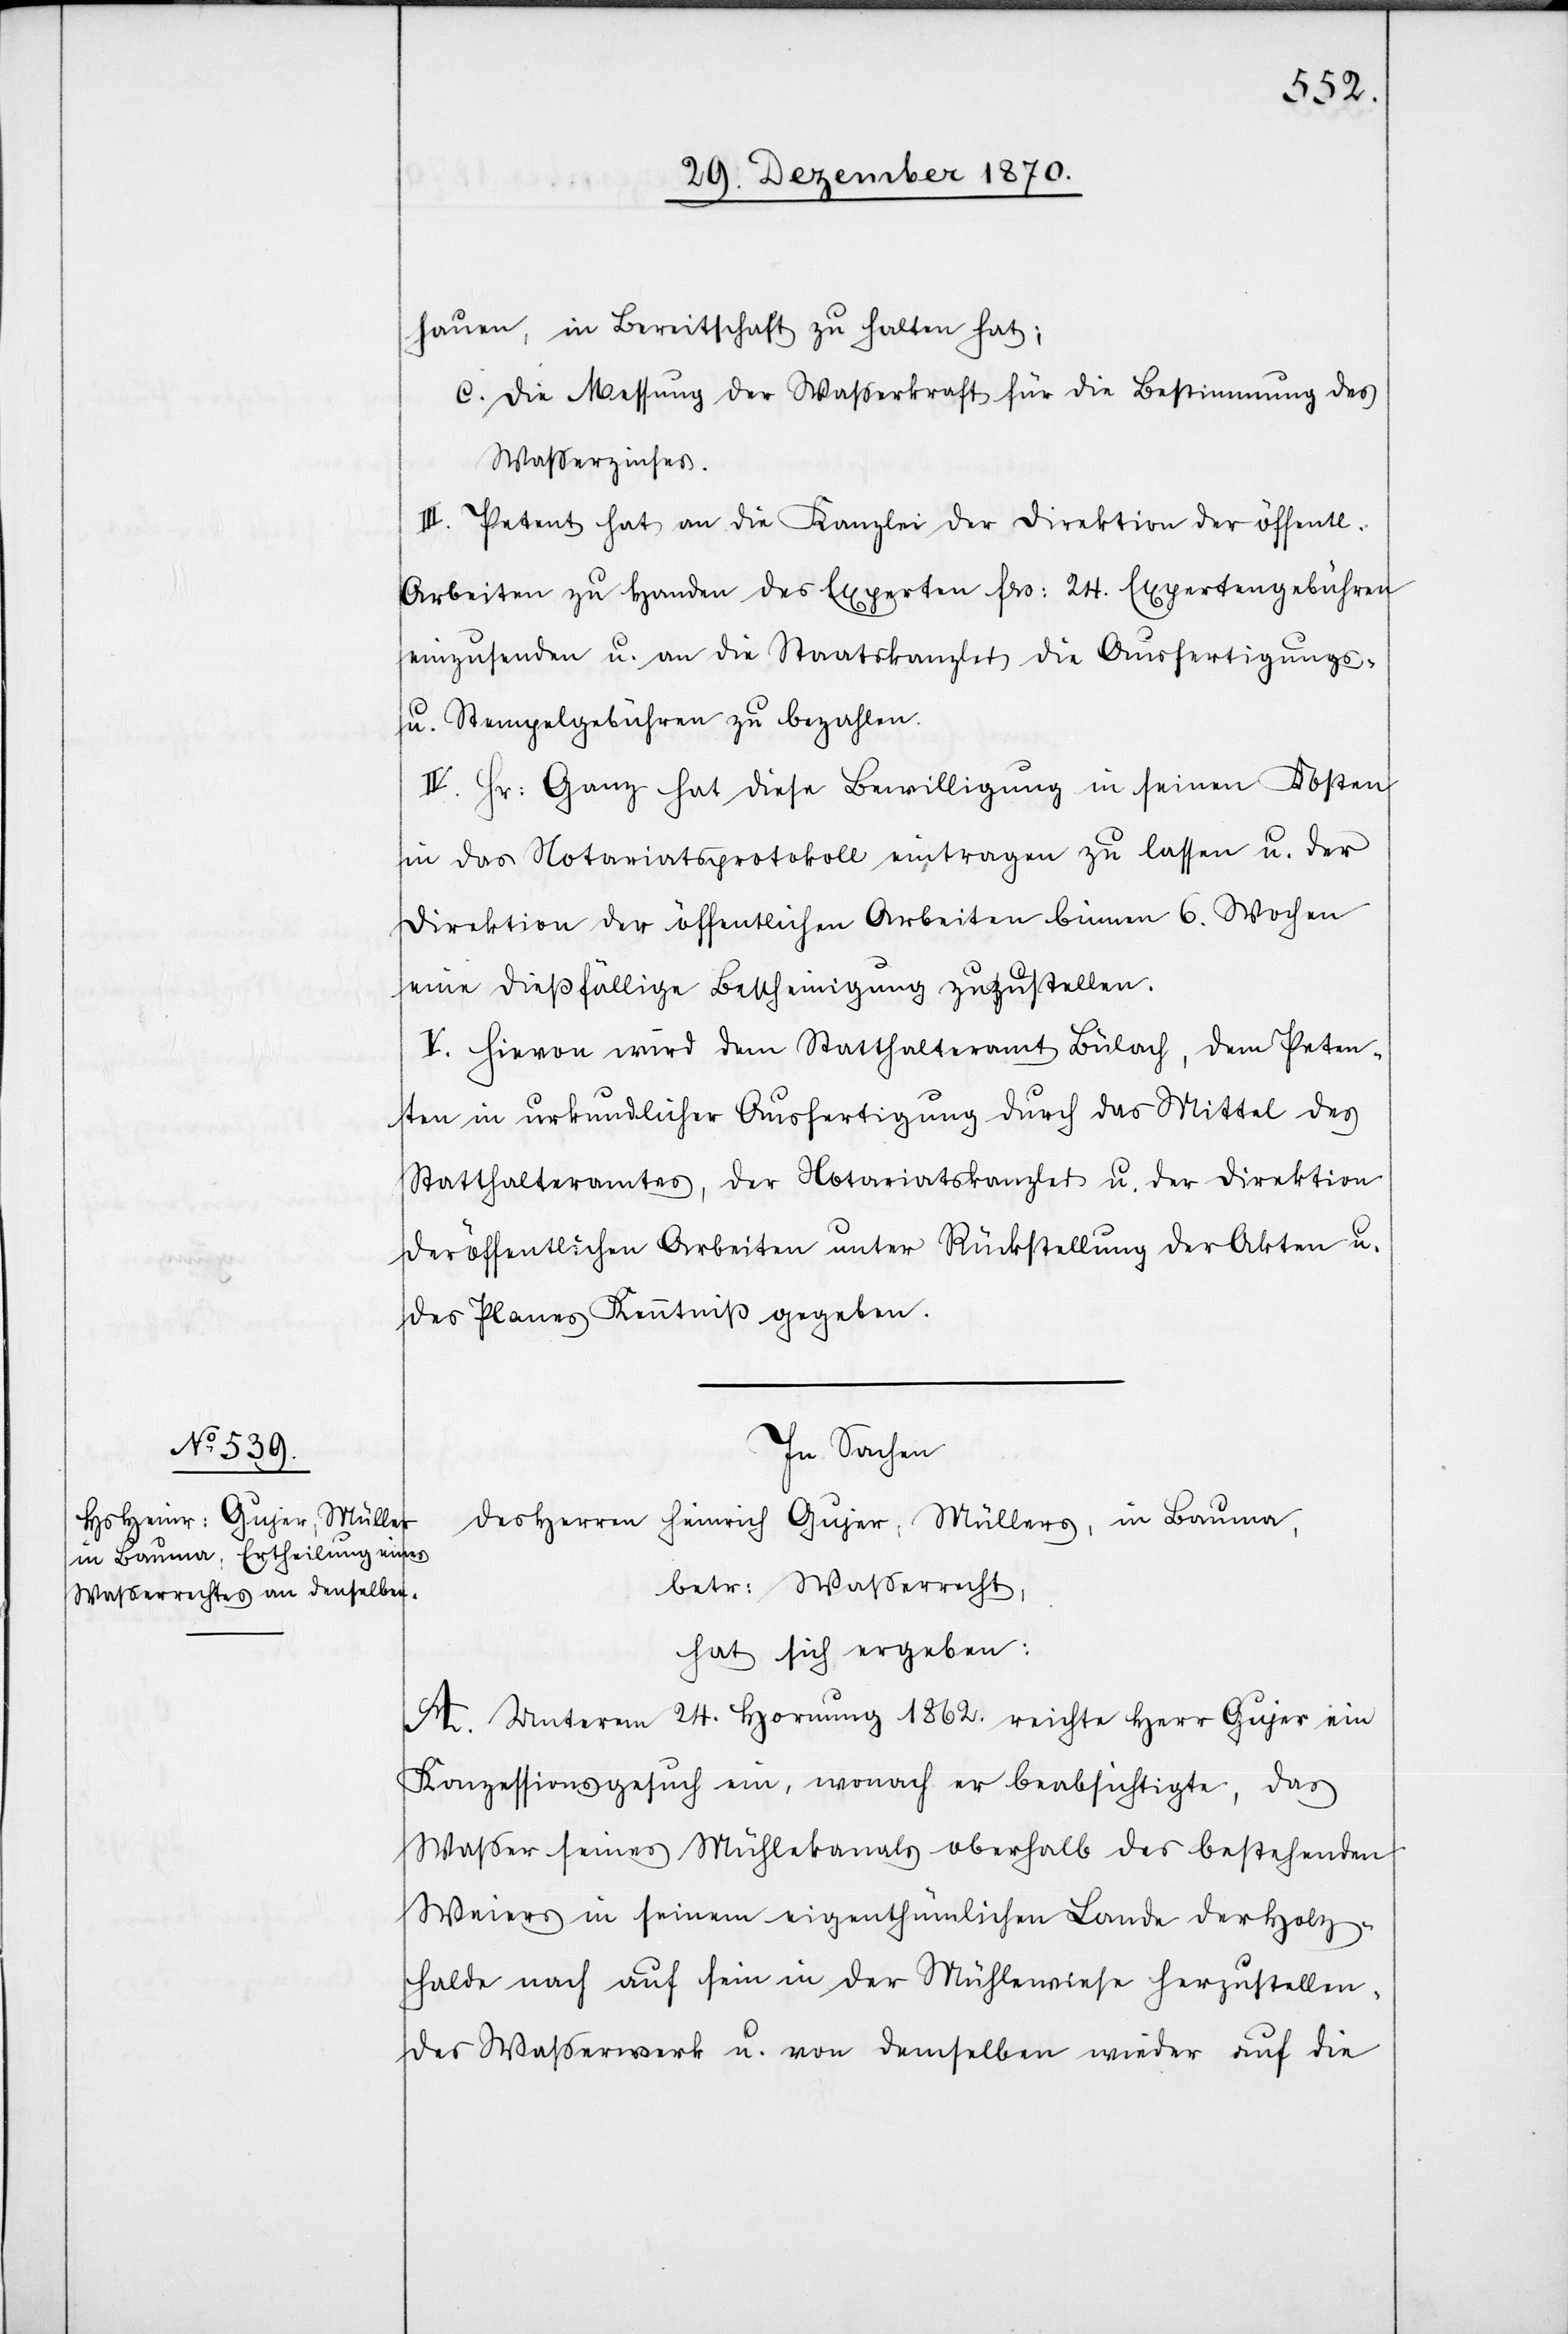
hauen, in Bereitschaft zu halten hat;
c. Die Messung der Wasserkraft für die Bestimmung des
Waßerzinses.
III. Petent hat an die Kanzlei der Direktion der öffentl.
Arbeiten zu Handen des Experten Frs: 24. Expertengebühren
einzusenden u. an die Staatskanzlei die Ausfertigungs-
u. Stempelgebühren zu bezahlen.
IV. Hr: Ganz hat diese Bewilligung in seinen Kosten
in das Notariatsprotokoll eintragen zu lassen u. der
Direktion der öffentlichen Arbeiten binnen 6. Wochen
eine dießfällige Bescheinigung zuzustellen.
V. Hievon wird dem Statthalteramt Bülach, dem Peten¬
ten in urkundlicher Ausfertigung durch das Mittel des
Statthalteramtes, der Notariatskanzlei u. der Direktion
der öffentlichen Arbeiten unter Rückstellung der Akten u.
des Planes Kenntniß gegeben.
In Sachen
des Herren Heinrich Gujer; Müllers, in Bauma,
betr: Waßerrecht,
hat sich ergeben:
A. Unterm 24. Hornung 1862. reichte Herr Gujer ein
Konzessionsgesuch ein, wonach er beabsichtigte, das
Waßer seines Mühlekanals oberhalb des bestehenden
Weiers in seinem eigenthümlichen Lande der Holz¬
halde nach auf sein in der Mühlewiese herzustellen¬
des Waßerwerk u. von demselben wieder auf die